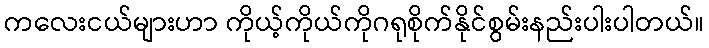
ကလေးငယ်များဟာ ကိုယ့်ကိုယ်ကိုဂရုစိုက်နိုင်စွမ်းနည်းပါးပါတယ်။